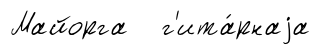
Майорга г'ита́рнаjа